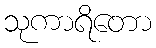
သုကာရိတော